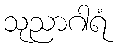
သုညာဂါရံ